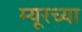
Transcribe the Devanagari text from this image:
म्यूरच्या